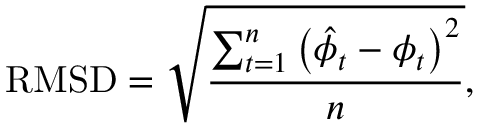
\mathrm { R M S D } = \sqrt { \frac { \sum _ { t = 1 } ^ { n } \left( \hat { \phi } _ { t } - \phi _ { t } \right) ^ { 2 } } { n } } ,